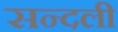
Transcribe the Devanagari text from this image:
सन्दली